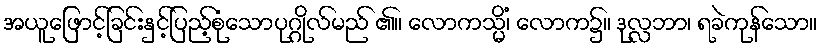
အယူဖြောင့်ခြင်းနှင့်ပြည့်စုံသောပုဂ္ဂိုလ်မည် ၏။ လောကသ္မိံ၊ လောက၌။ ဒုလ္လဘာ၊ ရခဲကုန်သော။